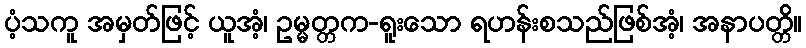
ပံ့သကူ အမှတ်ဖြင့် ယူအံ့၊ ဥမ္မတ္တက-ရူးသော ရဟန်းစသည်ဖြစ်အံ့၊ အနာပတ္တိ။